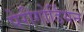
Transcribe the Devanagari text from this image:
पेरीगोर्डियन